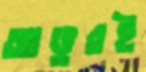
আঙুরই